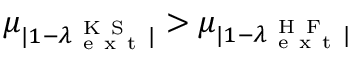
\mu _ { | 1 - \lambda _ { \mathrm { ~ e ~ x ~ t ~ } } ^ { \mathrm { ~ K ~ S ~ } } | } > \mu _ { | 1 - \lambda _ { \mathrm { ~ e ~ x ~ t ~ } } ^ { \mathrm { ~ H ~ F ~ } } | }